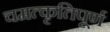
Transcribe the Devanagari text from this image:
चमत्कृतिपूर्ण